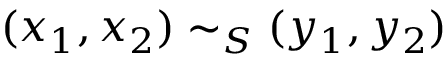
( x _ { 1 } , x _ { 2 } ) \sim _ { S } ( y _ { 1 } , y _ { 2 } )